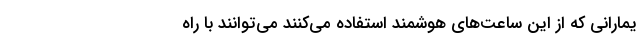
یمارانی که از این ساعت‌های هوشمند استفاده ‌می‌کنند ‌می‌توانند با راه